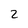
Character: 2